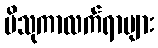
ဗိသုကာလက်ရာများ